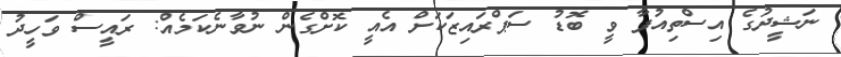
ނަޝީދުގެ އިސްތިއުފާ ވީ ބޮޑު ސަޕްރައިޒަކަށް އެއީ ކޮށްގެން ނުވާނެކަމެއް: ރައީސް ވަހީދު